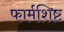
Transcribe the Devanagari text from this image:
फार्मशिष्ट